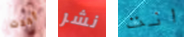
أخذت نشر انت